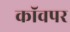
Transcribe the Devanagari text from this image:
कॉवपर